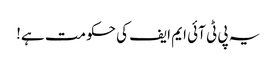
یہ پی ٹی آئی ایم ایف کی حکومت ہے!